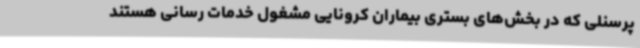
پرسنلی که در بخش‌های بستری بیماران کرونایی مشغول خدمات رسانی هستند